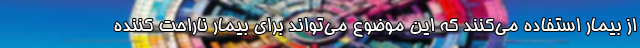
از بیمار استفاده می‌کنند که این موضوع می‌تواند برای بیمار ناراحت کننده